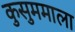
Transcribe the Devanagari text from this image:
कुसुममाला